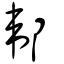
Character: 郼